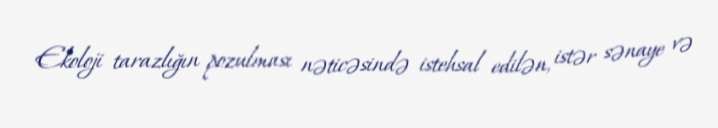
Ekoloji tarazlığın pozulması nəticəsində istehsal edilən, istər sənaye və